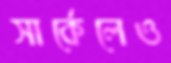
সার্কেলেও